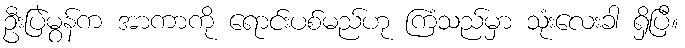
ဦးပြဲမွန်က အာကာကို ရောင်းပစ်မည်ဟု ကြံသည်မှာ သုံးလေးခါ ရှိပြီ။